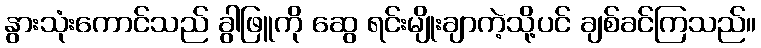
နွားသုံးကောင်သည် ခွါဖြူကို ဆွေ ရင်းမျိုးချာကဲ့သို့ပင် ချစ်ခင်ကြသည်။